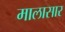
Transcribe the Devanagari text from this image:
मालासार